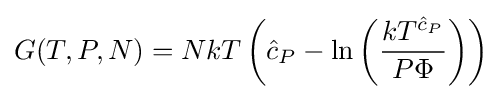
G(T,P,N)=NkT\left({\hat {c}}_{P}-\ln \left({\frac {kT^{{\hat {c}}_{P}}}{P\Phi }}\right)\right)